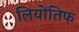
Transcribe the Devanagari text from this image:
लियोंतिफ